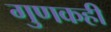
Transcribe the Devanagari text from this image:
गुणकही